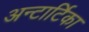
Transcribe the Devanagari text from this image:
अन्टार्टिका